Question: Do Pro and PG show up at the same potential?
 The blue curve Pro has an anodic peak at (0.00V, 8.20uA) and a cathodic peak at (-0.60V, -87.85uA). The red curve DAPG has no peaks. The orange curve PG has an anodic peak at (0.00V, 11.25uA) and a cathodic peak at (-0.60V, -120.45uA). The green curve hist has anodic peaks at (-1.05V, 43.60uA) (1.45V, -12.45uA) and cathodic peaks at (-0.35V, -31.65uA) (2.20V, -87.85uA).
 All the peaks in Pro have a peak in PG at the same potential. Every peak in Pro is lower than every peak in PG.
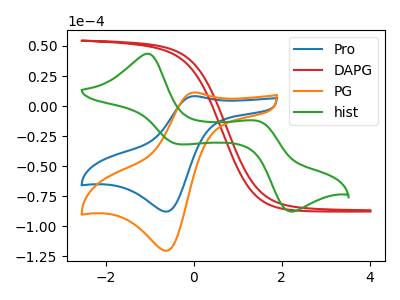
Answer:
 <answer>"Pro" and "PG" are similar in shape.</answer>
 <eval>same_shape</eval>